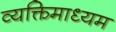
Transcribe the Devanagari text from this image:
व्यक्तिमाध्यम